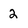
Character: 2